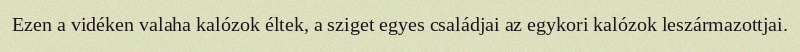
Ezen a vidéken valaha kalózok éltek, a sziget egyes családjai az egykori kalózok leszármazottjai.